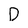
Character: D